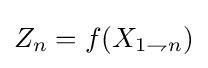
Z_{n}=f(X_{1\rightharpoondown n})